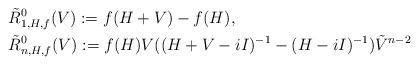
LaTeX: \begin{align*}&\tilde R^0_{1,H,f}(V):=f(H+V)-f(H),\\&\tilde R^0_{n,H,f}(V):=f(H)V((H+V-iI)^{-1}-(H-iI)^{-1})\tilde V^{n-2}\end{align*}